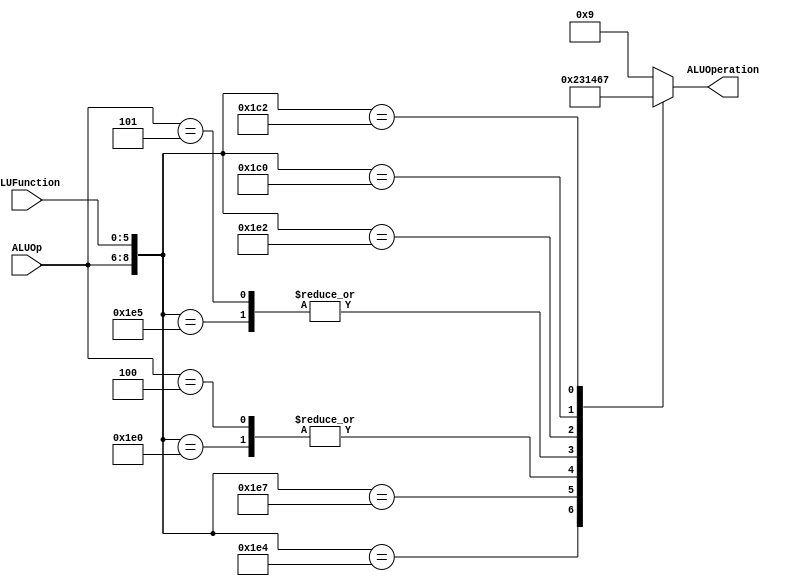
module ALUControl
(
	input [2:0] ALUOp,
	input [5:0] ALUFunction,	
	output [3:0] ALUOperation

);

localparam R_Type_AND    = 9'b0111_100100;
localparam R_Type_OR     = 9'b0111_100101;
localparam R_Type_NOR    = 9'b0111_100111;
localparam R_Type_ADD    = 9'b0111_100000;
localparam I_Type_ADDI   = 9'b0100_xxxxxx;
localparam I_Type_ORI    = 9'b0101_xxxxxx;
localparam R_Type_SUB    = 9'b0111_100010;
localparam R_Type_SLL    = 9'b0111_000000;
localparam R_Type_SRL 	 = 9'b0111_000010;

reg [3:0] ALUControlValues;
wire [8:0] Selector;

assign Selector = {ALUOp, ALUFunction};

always@(Selector)begin
	casex(Selector)
		R_Type_AND:    ALUControlValues = 4'b0000;
		R_Type_OR: 		ALUControlValues = 4'b0001;
		R_Type_NOR: 	ALUControlValues = 4'b0010;
		R_Type_ADD:    ALUControlValues = 4'b0011;
		I_Type_ADDI:	ALUControlValues = 4'b0011;
		I_Type_ORI:    ALUControlValues = 4'b0001;
		R_Type_SUB:		ALUControlValues = 4'b0100;
		R_Type_SLL: 	ALUControlValues = 4'b0110;
		R_Type_SRL:		ALUControlValues = 4'b0111;
		

		
		default: ALUControlValues = 4'b1001;
	endcase
end


assign ALUOperation = ALUControlValues;

endmodule